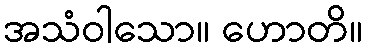
အသံဝါသော။ ဟောတိ။